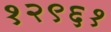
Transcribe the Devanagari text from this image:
१२९६१